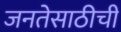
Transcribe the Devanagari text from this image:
जनतेसाठीची